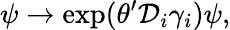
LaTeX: \psi\rightarrow\exp(\theta^{\prime}\mathcal{D}_{i}\gamma_{i})\psi,